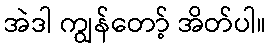
အဲဒါ ကျွန်တော့် အိတ်ပါ။